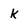
Character: k